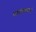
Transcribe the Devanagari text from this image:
काढण्यामागची